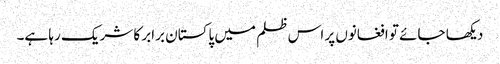
دیکھا جائے تو افغانوں پر اس ظلم میں پاکستان برابر کا شریک رہا ہے۔